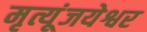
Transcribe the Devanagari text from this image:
मृत्यूंजयेश्वर